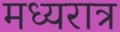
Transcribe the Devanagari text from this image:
मध्यरात्र